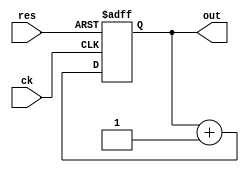
module  count4r(out,ck,res);
  output	[3:0] out;
  input		ck, res;
  reg		[3:0] q;
  always @(posedge ck or negedge res) begin
	if( !res)	q<= 0;
	else		q <= q+1;
  end
  assign out = q;
endmodule